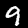
Digit: 9